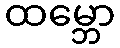
ထမ္ဘော